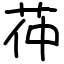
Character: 茽